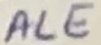
Text: ALE